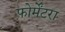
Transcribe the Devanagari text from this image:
फोर्मेंटरा